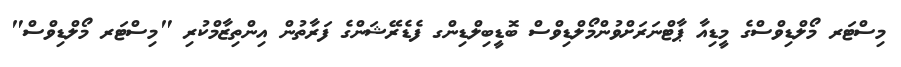
މިސްޓަރ މޯލްޑިވްސްގެ މީޑިއާ ޕާޓްނަރަށްވުންމޯލްޑިވްސް ބޮޑީބިލްޑިންގ ފެޑެރޭޝަންގެ ފަރާތުން އިންތިޒާމްކުރި "މިސްޓަރ މޯލްޑިވްސް"